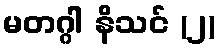
မတဂ္ဂါ နိသင် (၂)